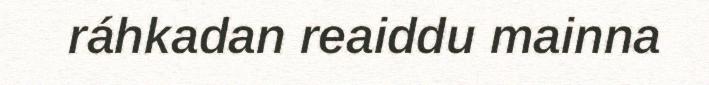
ráhkadan reaiddu mainna